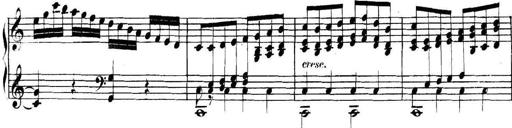
Title: Collected Piano Sonatas
Composer: Muzio Clementi